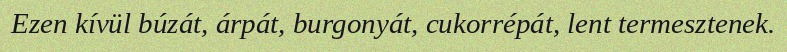
Ezen kívül búzát, árpát, burgonyát, cukorrépát, lent termesztenek.